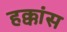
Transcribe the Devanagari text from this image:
हक्कांस